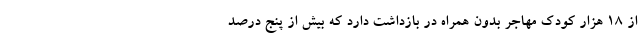
از ۱۸ هزار کودک مهاجر بدون همراه در بازداشت دارد که بیش از پنج درصد